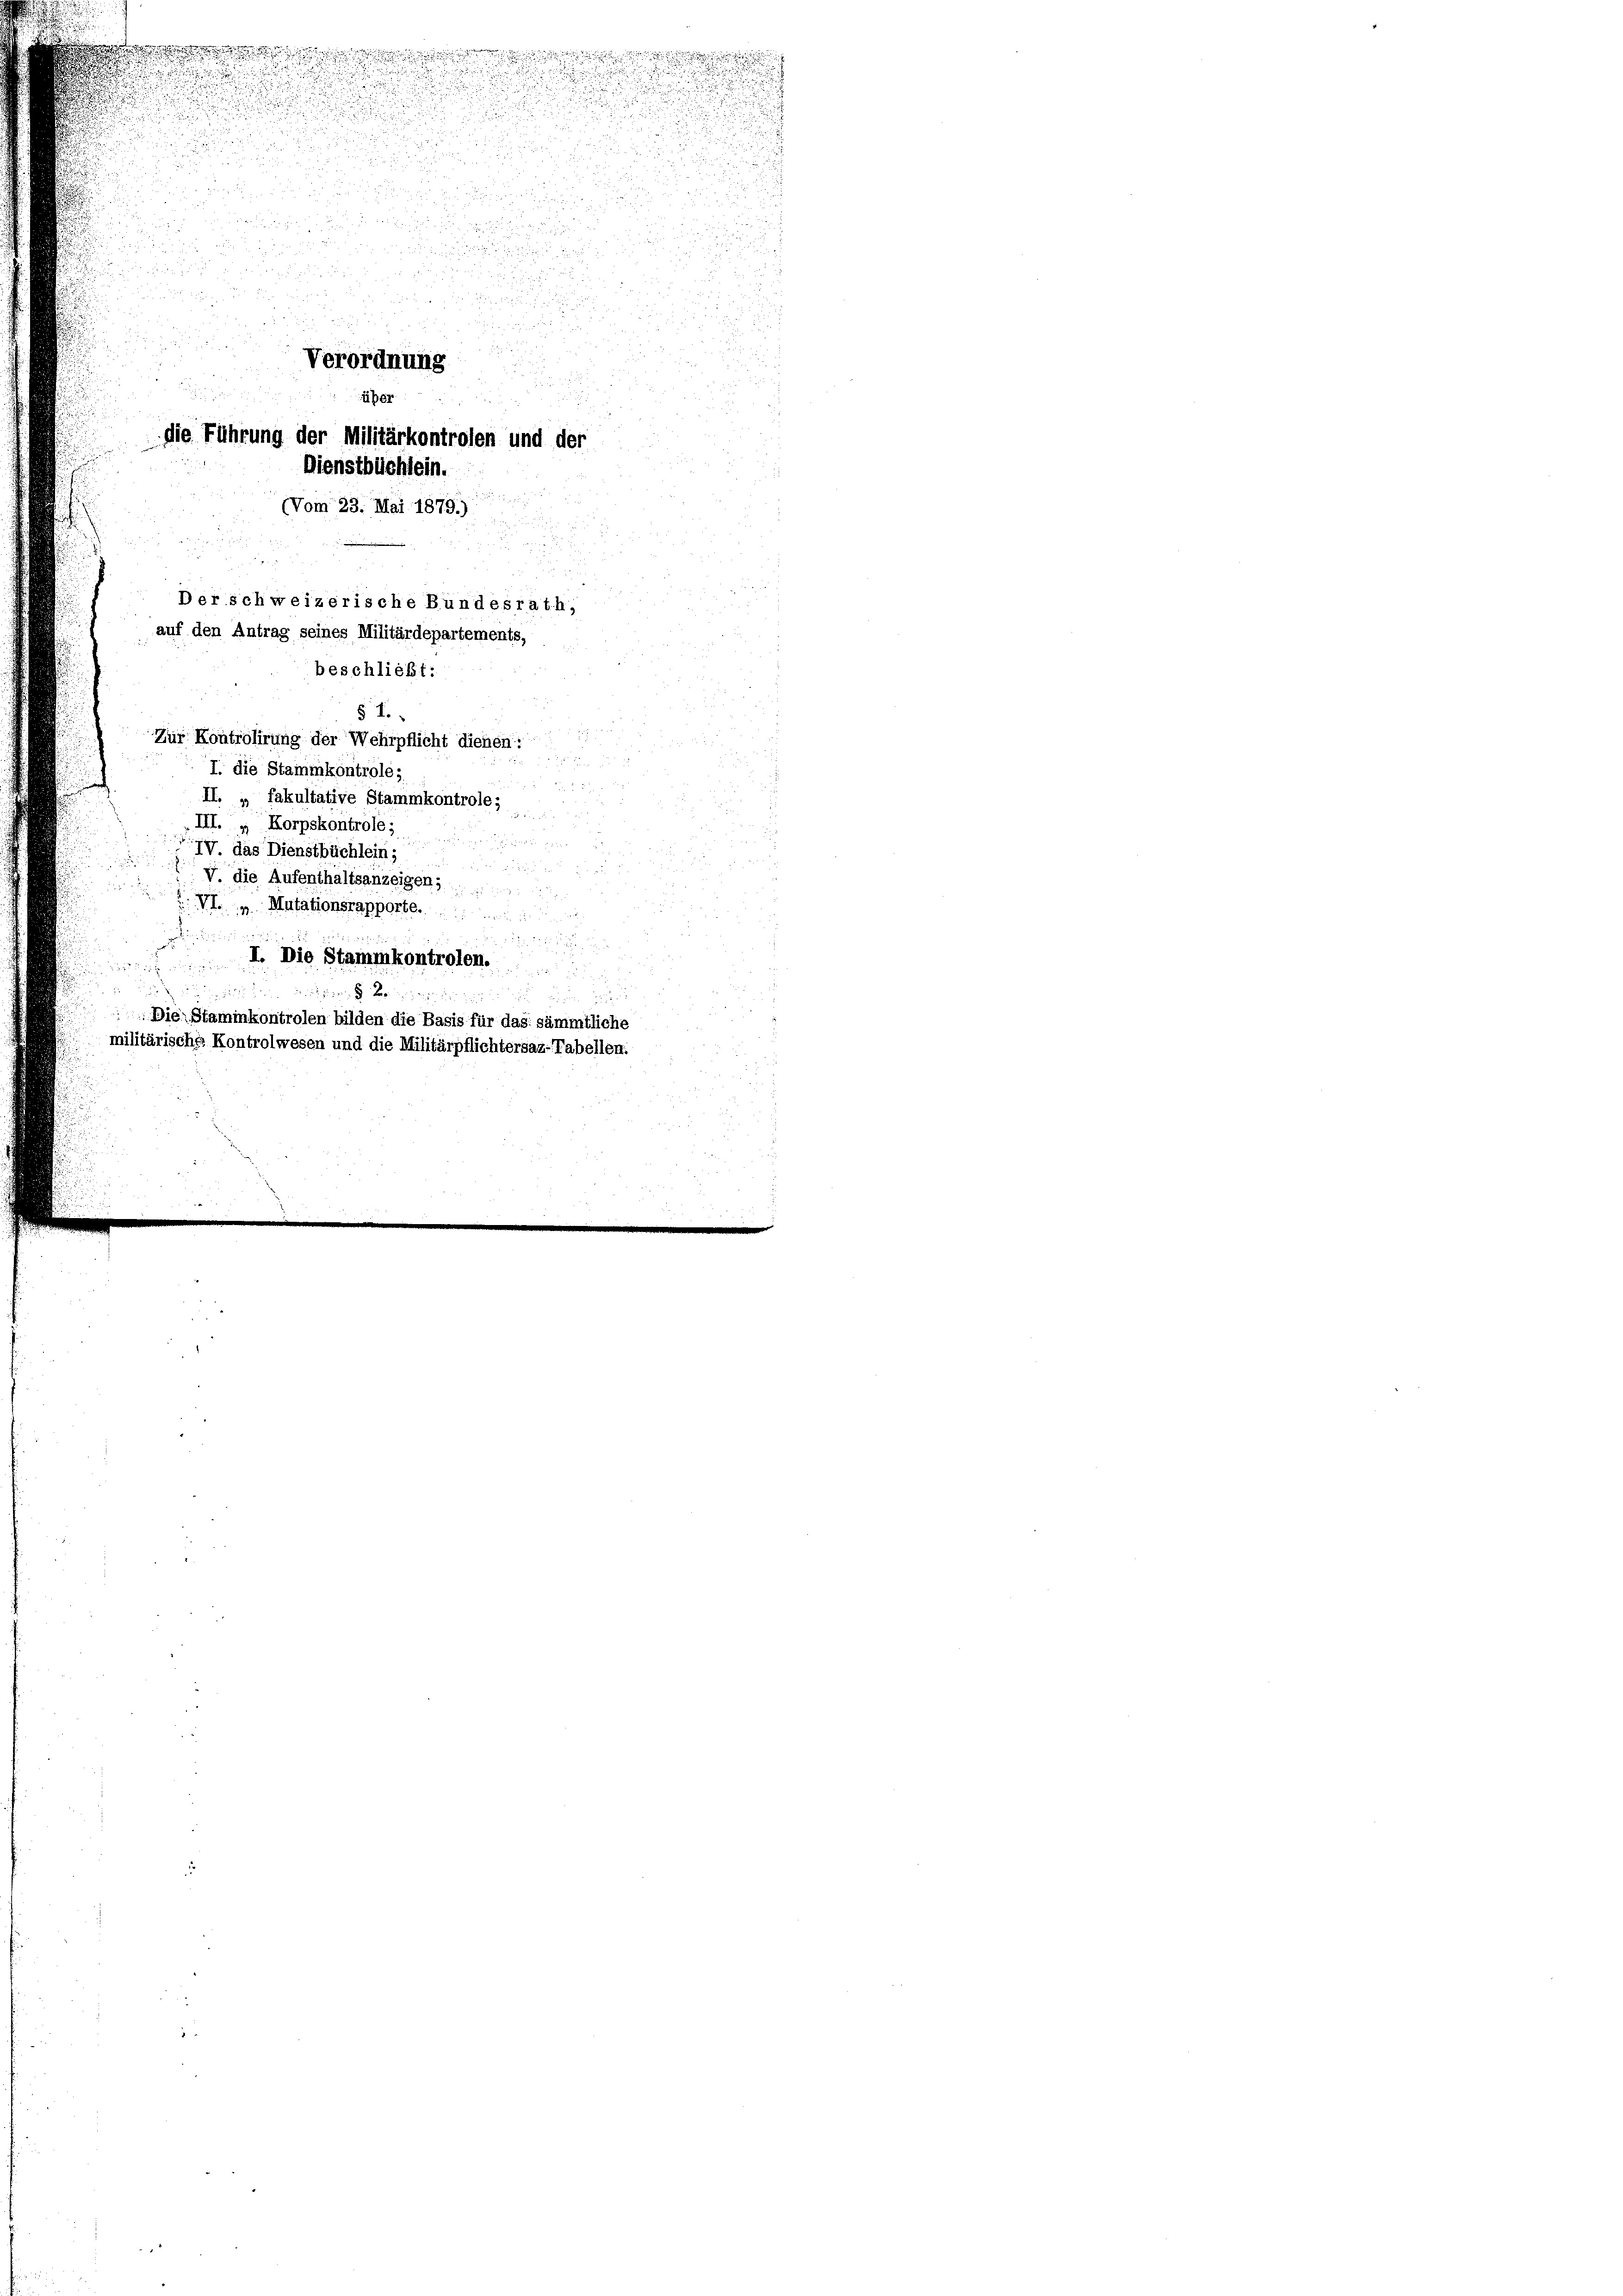
ne!!!!!!!!!!!!!!!!

.

d

Verordnung
e
r
über
die Führung der Militärkontrolen und der
Dienstbüchlein.
(Vom 23. Mai 1879.)
Der schweizerische Bundesrath,
auf den Antrag seines Militärdepartements,
beschließt:
§ 7.
Zur Kontrolirung der Wehrpflicht dienen:
I. die Stammkontrole,
u
II. „ fakultative Stammkontrole;
III. „ Korpskontrole;
s
IV. das Dienstbüchlein;

V. die Aufenthaltsanzeigen,
 II. Mutationsrapporte.

 I. Die Stammkontrolon.
8 x
25

Die Staminkontrolen bilden die Basis für das sämmtliche
militärische Kontrolwesen und die Militärpflichtersaz-Tabellen.